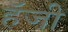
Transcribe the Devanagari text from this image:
हॅजी